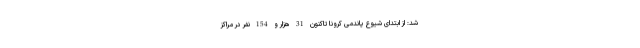
شد: از ابتدای شیوع پاندمی کرونا تاکنون 31 هزار و 154 نفر در مراکز